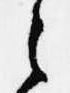
之